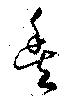
豊